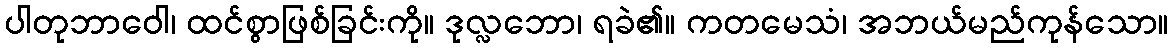
ပါတုဘာဝေါ၊ ထင်စွာဖြစ်ခြင်းကို။ ဒုလ္လဘော၊ ရခဲ၏။ ကတမေသံ၊ အဘယ်မည်ကုန်သော။